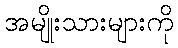
အမျိုးသားများကို